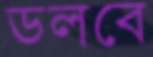
ডলবে